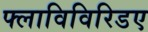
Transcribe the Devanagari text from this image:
फ्लाविविरिडए